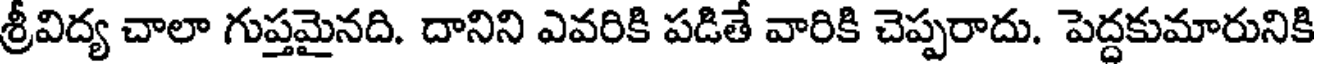
శ్రీవిద్య చాలా గుప్తమైనది. దానిని ఎవరికి పడితే వారికి చెప్పరాదు. పెద్దకుమారునికి